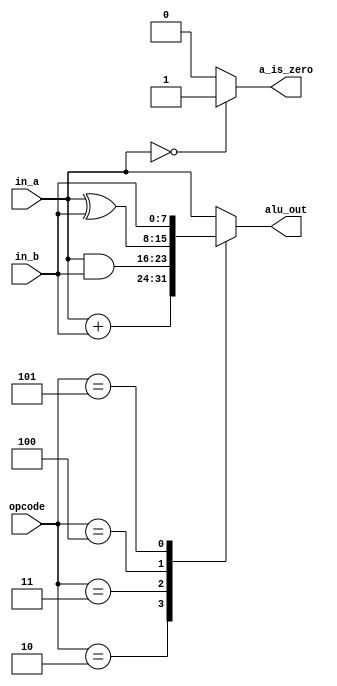
module alu #(parameter WIDTH = 8)
(
    input wire [WIDTH-1 : 0] in_a , in_b ,
    input wire [2:0] opcode ,
    output reg [WIDTH-1 : 0] alu_out ,
    output reg a_is_zero 
);

always @(*) begin
    
if (in_a == 0)
    a_is_zero = 1 ;
    else
    a_is_zero = 0;

    case (opcode) 

    3'b010: alu_out = in_a + in_b;
    3'b011: alu_out = in_a & in_b;
    3'b100: alu_out = in_a ^ in_b;
    3'b101: alu_out = in_b;
    default : alu_out = in_a;
    endcase


end

endmodule